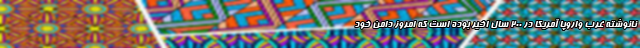
نانوشته غرب واروپا آمریکا در ۲۰۰ سال اخیر بوده است که امروز دامن خود